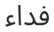
فداء